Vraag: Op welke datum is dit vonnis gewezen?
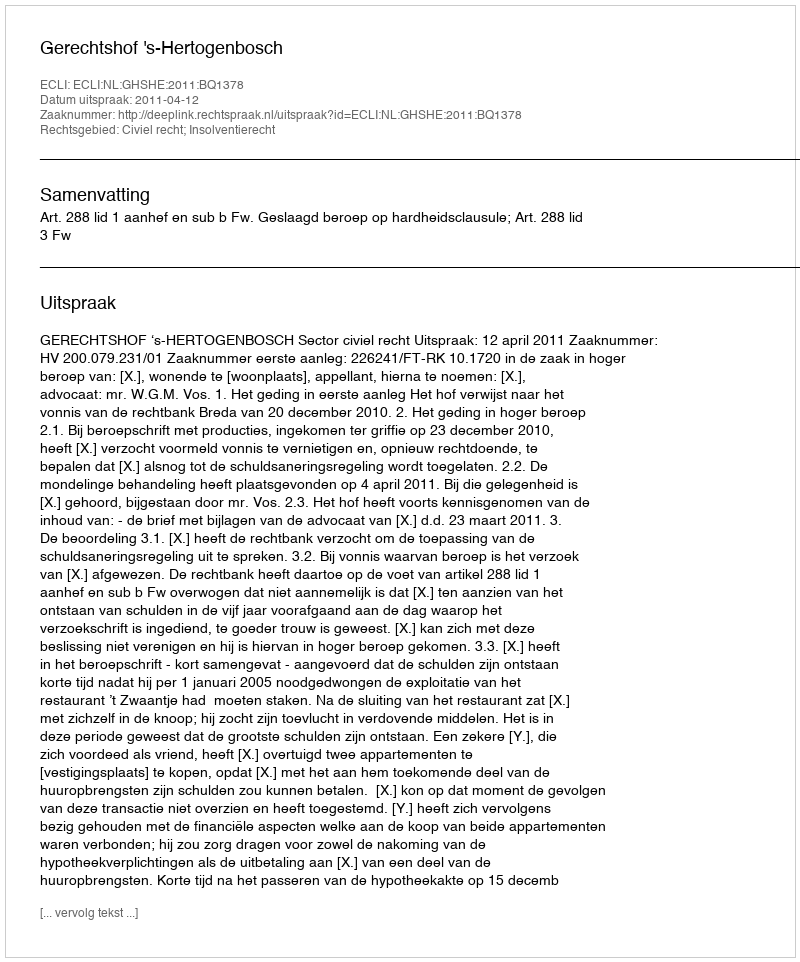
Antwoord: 2011-04-12